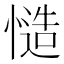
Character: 慥